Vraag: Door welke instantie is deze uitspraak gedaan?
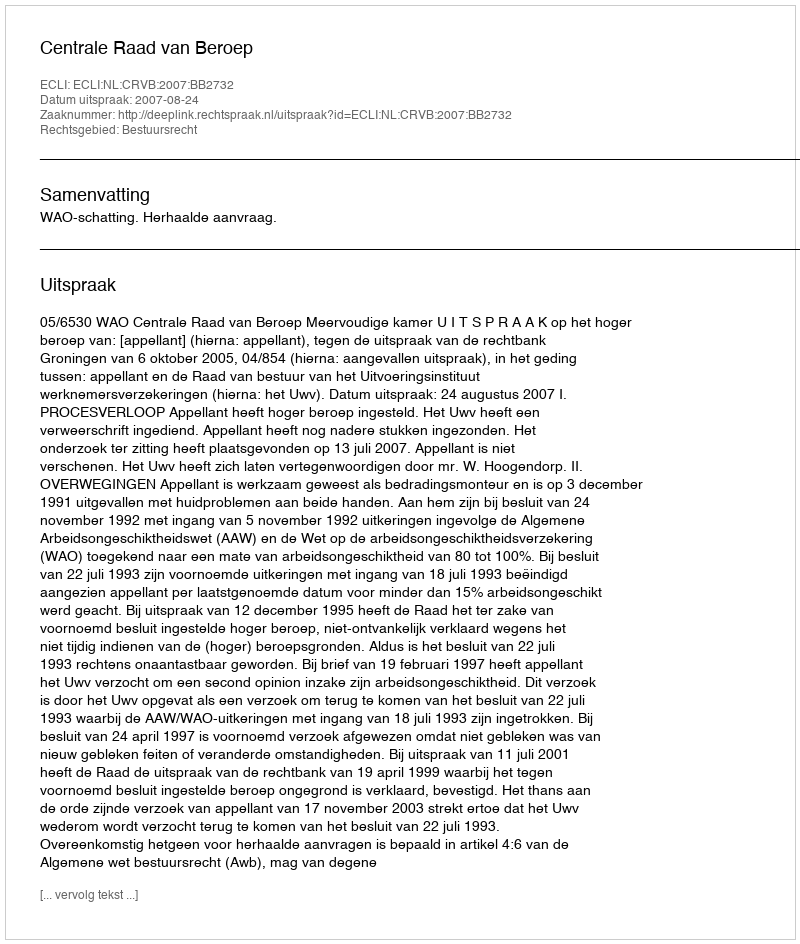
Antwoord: Centrale Raad van Beroep